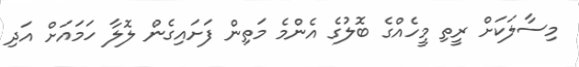
މިސާލަކަށް ރީތި މީހެއްގެ ބޮލުގެ އެންމެ މަތިން ފަށައިގެން ލޮލާ ހަމައަށް އަދި